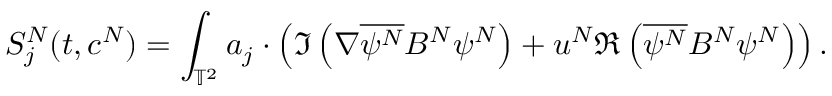
S _ { j } ^ { N } ( t , c ^ { N } ) = \int _ { \mathbb { T } ^ { 2 } } a _ { j } \cdot \left( \Im \left( \nabla \overline { { \psi ^ { N } } } B ^ { N } \psi ^ { N } \right) + u ^ { N } \Re \left( \overline { { \psi ^ { N } } } B ^ { N } \psi ^ { N } \right) \right) .